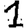
Digit: 1